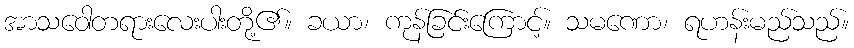
အာသဝေါတရားလေးပါးတို့၏။ ခယာ၊ ကုန်ခြင်းကြောင့်။ သမဏော၊ ရဟန်းမည်သည်။